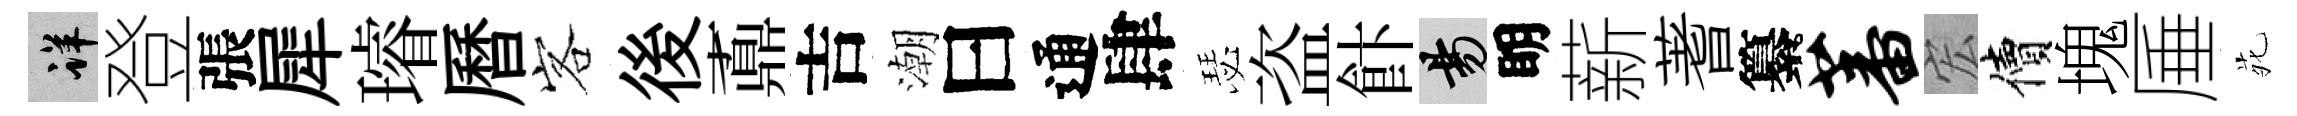
详登張犀璿曆客後鼒吉潮曰通肆瑟盗飰昜眀薪蓍纂蕃宏價塊厜𫟍